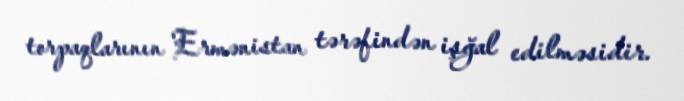
torpaqlarının Ermənistan tərəfindən işğal edilməsidir.